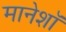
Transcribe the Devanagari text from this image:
मानेशॉ